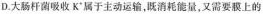
D.大肠杆菌吸收K^{+}属于主动运输，既消耗能量，又需要膜上的